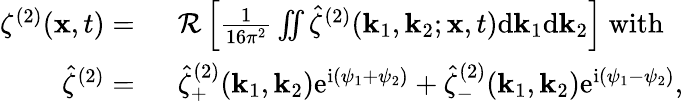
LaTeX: \begin{array}{rl}{\zeta^{(2)}(\mathbf{x},t)=~}&{\mathcal{R}\left[\frac{1}{16\pi^{2}}\iint\hat{\zeta}^{(2)}(\mathbf{k}_{1},\mathbf{k}_{2};\mathbf{x},t)\mathrm{d}\mathbf{k}_{1}\mathrm{d}\mathbf{k}_{2}\right]~\mathrm{with}~}\\ {\hat{\zeta}^{(2)}=~}&{\hat{\zeta}_{+}^{(2)}(\mathbf{k}_{1},\mathbf{k}_{2})\mathrm{e}^{\mathrm{i}(\psi_{1}+\psi_{2})}+\hat{\zeta}_{-}^{(2)}(\mathbf{k}_{1},\mathbf{k}_{2})\mathrm{e}^{\mathrm{i}(\psi_{1}-\psi_{2})},}\end{array}